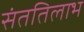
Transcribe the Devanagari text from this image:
संततिलाभ